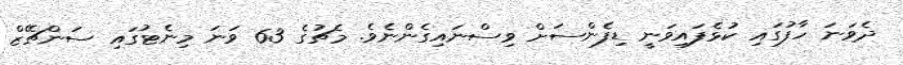
ދެވަނަ ހާފުގައި ކުޅެފައިވަނީ ޑިފެންސަށް ވިސްނައިގެންނެވެ. މެޗުގެ 63 ވަނަ މިނެޓުގައި ސަންޗޭޒް